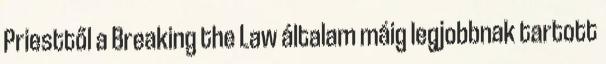
Priesttől a Breaking the Law általam máig legjobbnak tartott